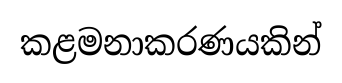
කළමනාකරණයකින්